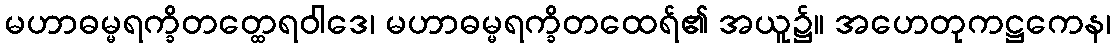
မဟာဓမ္မရက္ခိတတ္ထေရဝါဒေ၊ မဟာဓမ္မရက္ခိတထေရ်၏ အယူ၌။ အဟေတုကဋ္ဌကေန၊